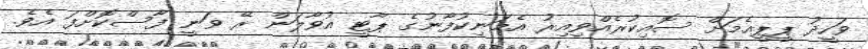
ވަހީދު ޕީޕީއެމަށް ސޮއިކުރެއްވިއިރު އެމަނިކުފާނުގެ ޕާޓީ އުވާލަން ރޭ ވަނީ ފާސްކޮށްފަ އެވެ.